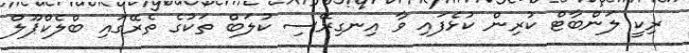
ރިކީ ލަންބާޓް ކުރިން ކުޅެފަައި ވާ އިނގިރޭސި ކުލަބް ތަކުގެ ތެރޭގައި ބްލެކްޕޫލް